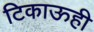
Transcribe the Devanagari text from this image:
टिकाऊही